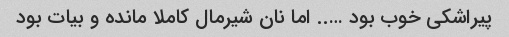
پیراشکی خوب بود ….. اما نان شیرمال کاملا مانده و بیات بود